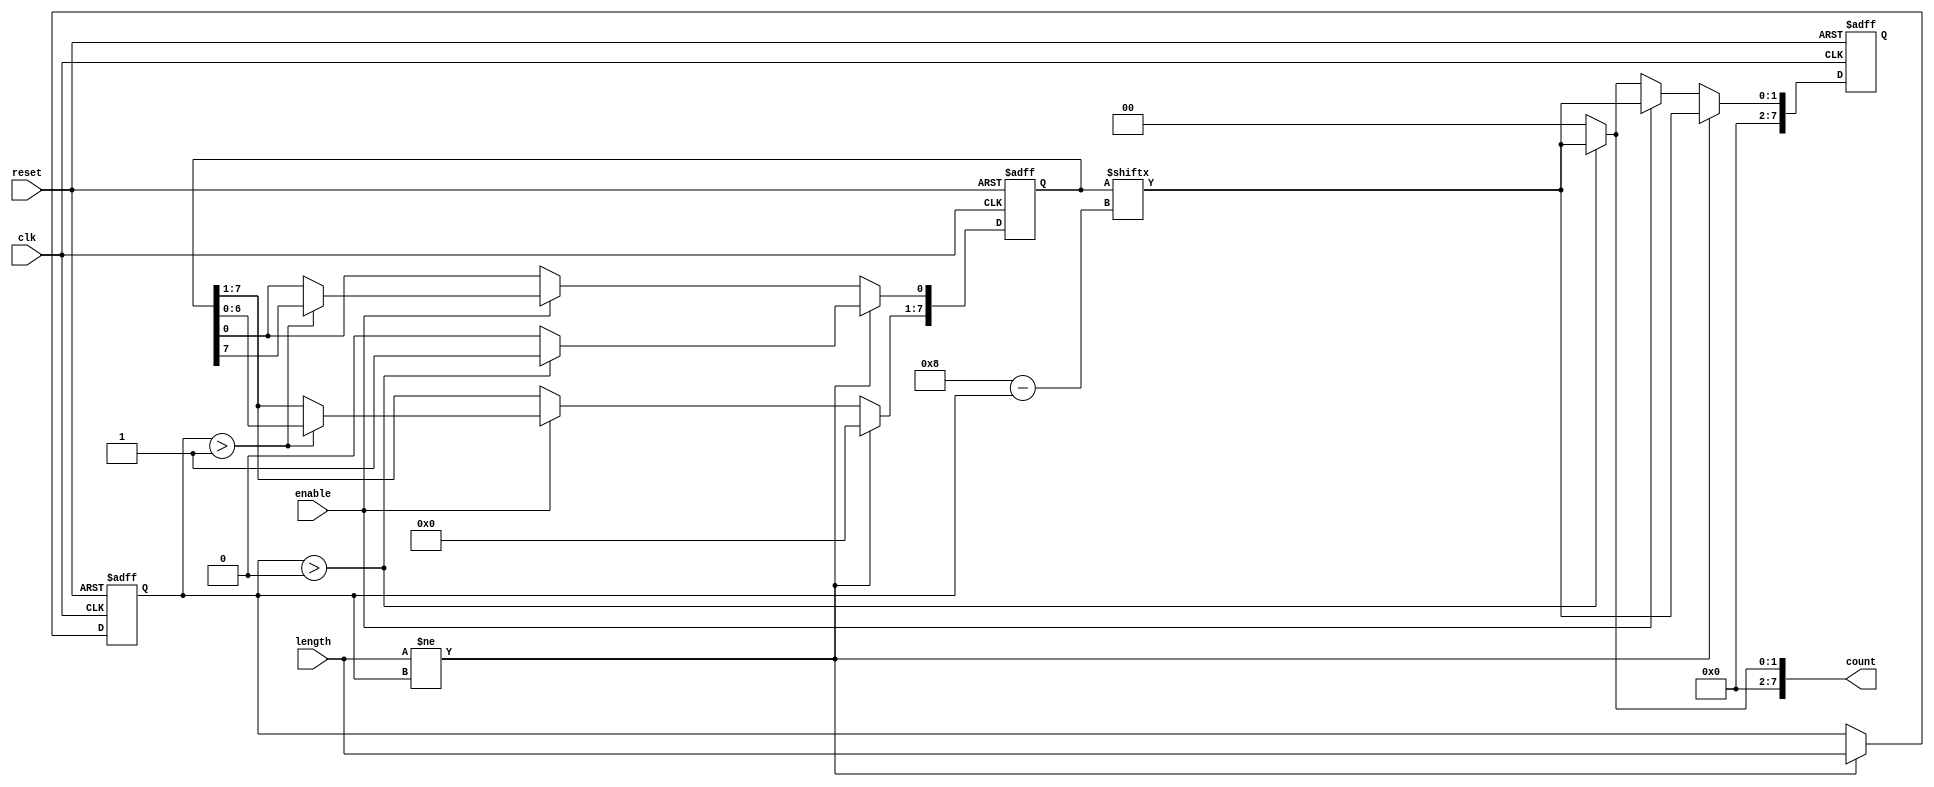
module variable_length_ring_counter #(
    parameter MAX_LENGTH = 8 // Maximum number of bits in the ring counter
)(
    input wire clk,
    input wire reset,
    input wire [3:0] length, // Input to specify the number of states (max 15)
    input wire enable,
    output reg [MAX_LENGTH-1:0] count
);
    
    reg [MAX_LENGTH-1:0] state;
    reg [3:0] current_length;

    // Asynchronous reset and length management
    always @(posedge clk or posedge reset) begin
        if (reset) begin
            // Reset the counter to initial state
            state <= {MAX_LENGTH{1'b0}};
            state[0] <= 1'b1; // Set the LSB to 1
            current_length <= 0;
            count <= {MAX_LENGTH{1'b0}};
        end else if (length != current_length) begin
            // Update the current length and reinitialize the state
            current_length <= length;
            state <= {MAX_LENGTH{1'b0}};
            if (current_length > 0) begin
                state[0] <= 1'b1; // Set the LSB to 1
            end
            count <= state[MAX_LENGTH-1:MAX_LENGTH-current_length]; // Update output count
        end else if (enable) begin
            if (current_length > 1) begin
                // Shift left and wrap around
                state <= {state[MAX_LENGTH-2:0], state[MAX_LENGTH-1]};
            end
            count <= state[MAX_LENGTH-1:MAX_LENGTH-current_length]; // Update output count
        end
    end
    
    // Update the count output to reflect the current state
    always @(*) begin
        if(current_length > 0) begin
            count = state[MAX_LENGTH-1:MAX_LENGTH-current_length];
        end else begin
            count = {MAX_LENGTH{1'b0}};
        end
    end
    
endmodule